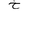
Letter: _kha